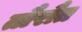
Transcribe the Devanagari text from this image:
तौरौत